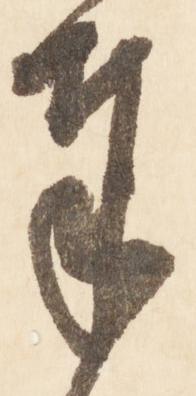
奉